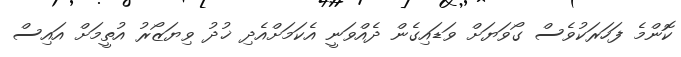
ކޮންމެ ފަހަރަކުވެސް ގޯވަޔަށް ވަޑައިގެން ދެއްވަނީ އެކަމަށްއެދި ޚުދު ވިޔަޒޯރު އުތީމަށް އައިސް